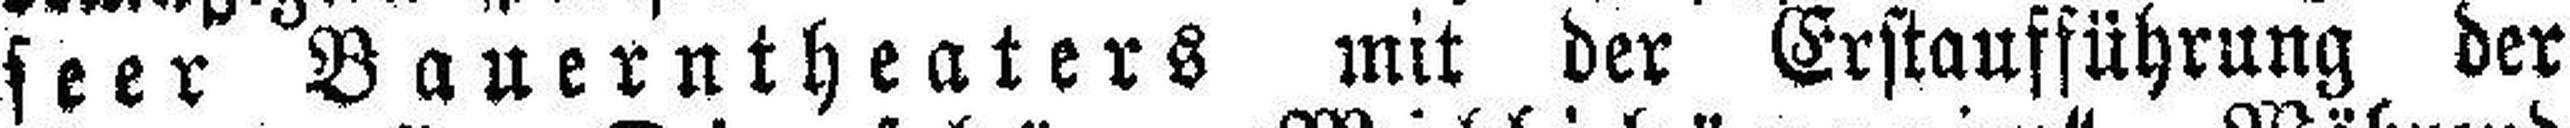
feer Bauerntheaters mit der Erstaufführung der